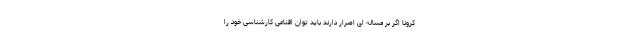
کرونا اگر بر مساله ای اصرار دارند باید توان اقناعی کارشناسی خود را